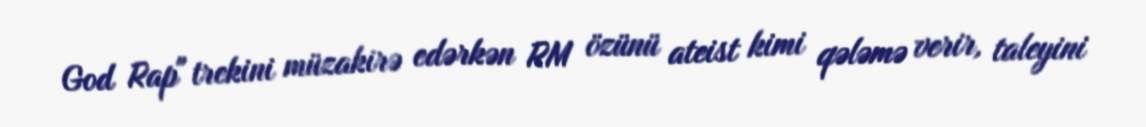
God Rap" trekini müzakirə edərkən RM özünü ateist kimi qələmə verir, taleyini